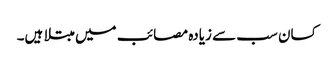
کسان سب سے زیادہ مصائب میں مبتلا ہیں۔